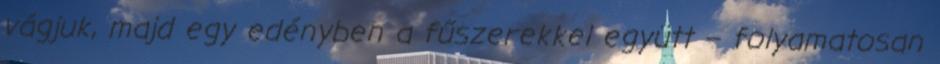
vágjuk, majd egy edényben a fűszerekkel együtt – folyamatosan